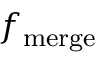
f _ { \mathrm { m e r g e } }